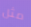
مثل